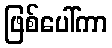
ဖြစ်ပေါ်ကာ